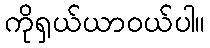
ကိုရှယ်ယာဝယ်ပါ။